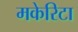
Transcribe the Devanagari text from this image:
मकेरिटा